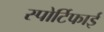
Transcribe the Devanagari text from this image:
स्पोर्टिफाई